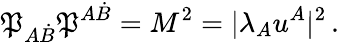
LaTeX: \mathfrak{P}_{A\dot{{B}}}\mathfrak{P}^{A\dot{{B}}}=M^{2}=|\lambda_{A}u^{A}|^{2}\, .